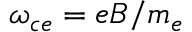
\omega _ { c e } = e B / m _ { e }